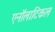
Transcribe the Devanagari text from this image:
एनॉलाटिकल